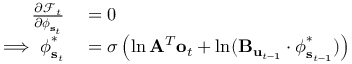
\begin{array} { r l } { \frac { \partial \mathcal { F } _ { t } } { \partial \boldsymbol { \phi } _ { \mathbf { s } _ { t } } } } & { { } = 0 } \\ { \implies \boldsymbol { \phi } _ { \mathbf { s } _ { t } } ^ { * } } & { { } = \sigma \left( \ln \mathbf { A } ^ { T } \mathbf { o } _ { t } + \ln ( \mathbf { B } _ { \mathbf { u } _ { t - 1 } } \cdot \boldsymbol { \phi } _ { \mathbf { s } _ { t - 1 } } ^ { * } ) \right) } \end{array}